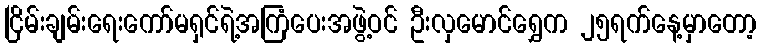
ငြိမ်းချမ်းရေးကော်မရှင်ရဲ့အကြံပေးအဖွဲ့ဝင် ဦးလှမောင်ရွှေက ၂၅ရက်နေ့မှာတော့